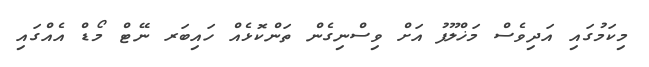
މިކަމުގައި އަދިވެސް މަޚްލޫފު އަށް ވިސްނިގެން ތަންކޮޅެއް ހައިބަރ ނޭޓް މޯޑް އެއްގައި